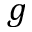
g